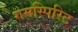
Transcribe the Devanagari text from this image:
गमस्पिरिट